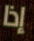
إذا